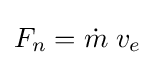
F_{n}={\dot {m}}\;v_{e}